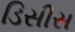
ડિસીસ